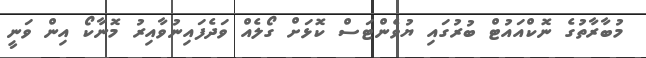
މުބާރާތުގެ ނޮކްއައުޓް ބުރުގައި ޔުވެންޓަސް ކޮޅަށް ގޯލެއް ވަދެފައިނުވާއިރު މޮނާކޯ އިން ވަނީ